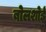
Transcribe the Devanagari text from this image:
बोलशोई